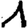
Digit: 1